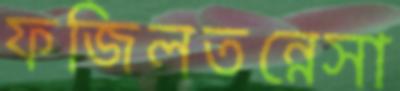
ফজিলতন্নেসা